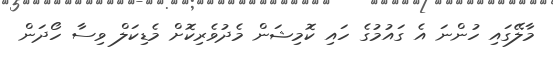
މާލޭގައި ހުންނަ އެ ގައުމުގެ ހައި ކޮމިޝަން މެދުވެރިކޮށް މެޑިކަލް ވިސާ ހޯދަން